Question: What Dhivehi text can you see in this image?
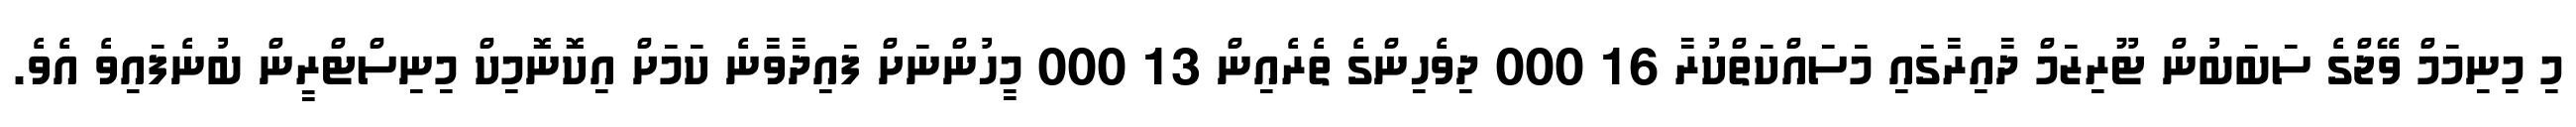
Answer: މި މިނިމަމް ވޭޖްގެ ސަބަބުން ޓޫރިޒަމް ދާއިރާގައި މަސައްކަތްކުރާ 16 000 ދިވެހިންގެ ތެރެއިން 13 000 މީހުންނަށް ފައިދާވާނެ ކަމަށް އިކޮނޮމިކް މިނިސްޓްރީން ބުނެފައިވެ އެވެ.